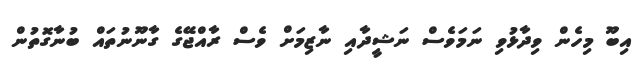
އިބޫ މިހެން ވިދާޅުވި ނަމަވެސް ނަޝީދާއި ނާޒިމަށް ވެސް ރާއްޖޭގެ ގާނޫނުތައް ބުނާގޮތުން